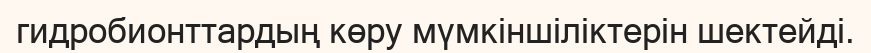
гидробионттардың көру мүмкіншіліктерін шектейді.